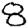
Digit: 8